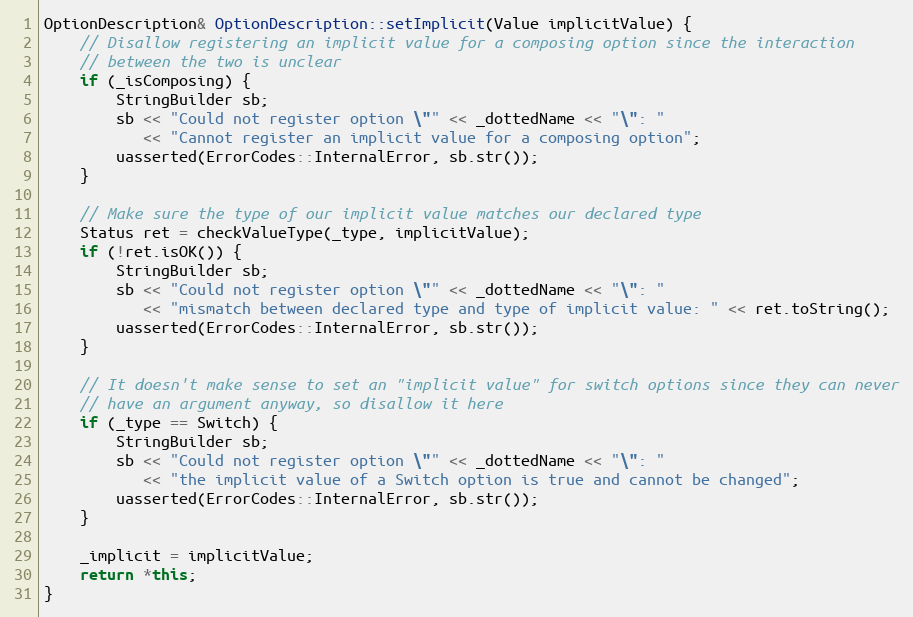
Language: C++
OptionDescription& OptionDescription::setImplicit(Value implicitValue) {
    // Disallow registering an implicit value for a composing option since the interaction
    // between the two is unclear
    if (_isComposing) {
        StringBuilder sb;
        sb << "Could not register option \"" << _dottedName << "\": "
           << "Cannot register an implicit value for a composing option";
        uasserted(ErrorCodes::InternalError, sb.str());
    }

    // Make sure the type of our implicit value matches our declared type
    Status ret = checkValueType(_type, implicitValue);
    if (!ret.isOK()) {
        StringBuilder sb;
        sb << "Could not register option \"" << _dottedName << "\": "
           << "mismatch between declared type and type of implicit value: " << ret.toString();
        uasserted(ErrorCodes::InternalError, sb.str());
    }

    // It doesn't make sense to set an "implicit value" for switch options since they can never
    // have an argument anyway, so disallow it here
    if (_type == Switch) {
        StringBuilder sb;
        sb << "Could not register option \"" << _dottedName << "\": "
           << "the implicit value of a Switch option is true and cannot be changed";
        uasserted(ErrorCodes::InternalError, sb.str());
    }

    _implicit = implicitValue;
    return *this;
}